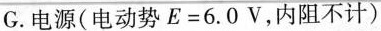
G.电源(电动势$$E = 6 . 0 V$$，内阻不计)